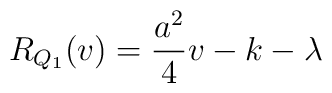
R_{Q_1 } (v) = \frac{a^2 }{4} v -k-\lambda